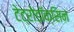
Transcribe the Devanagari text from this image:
टेट्रोडॉक्सिन